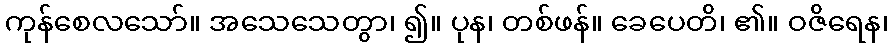
ကုန်စေလသော်။ အသေသေတွာ၊ ၍။ ပုန၊ တစ်ဖန်။ ခေပေတိ၊ ၏။ ဝဇိရေန၊